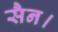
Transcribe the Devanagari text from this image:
सैन।